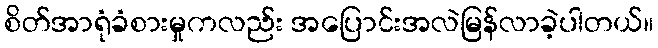
စိတ်အာရုံခံစားမှုကလည်း အပြောင်းအလဲမြန်လာခဲ့ပါတယ်။